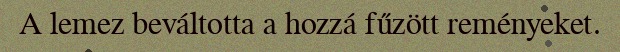
A lemez beváltotta a hozzá fűzött reményeket.